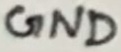
Text: GND